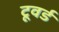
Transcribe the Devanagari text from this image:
टूवर्ड